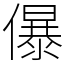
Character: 儤